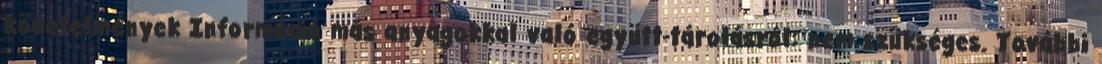
követelmények Információ más anyagokkal való együtt-tárolásról: nem szükséges. További